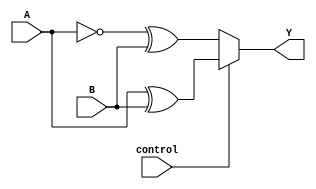
module XOR_pass_gate (
    input A, 
    input B, 
    input control, 
    output Y
);

assign Y = (control) ? (A ^ B) : (~A ^ B);

endmodule